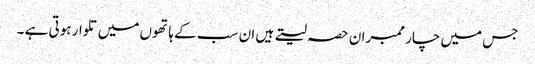
جس میں چار ممبران حصہ لیتے ہیں ان سب کے ہاتھوں میں تلوار ہوتی ہے ۔